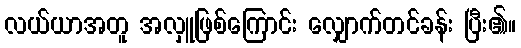
လယ်ယာအတူ အလှူဖြစ်ကြောင်း လျှောက်တင်ခန်း ပြီး၏။